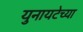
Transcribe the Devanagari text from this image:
युनायटेच्या